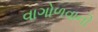
વાગોળવાની